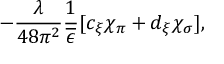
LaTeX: - \frac { \lambda } { 4 8 \pi ^ { 2 } } \frac { 1 } { \overline { { { \epsilon } } } } [ c _ { \xi } \chi _ { \pi } + d _ { \xi } \chi _ { \sigma } ] ,